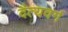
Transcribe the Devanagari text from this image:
दैत्यवर्ग